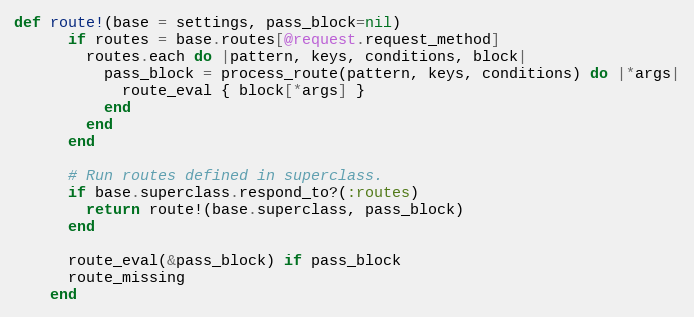
Language: Ruby
def route!(base = settings, pass_block=nil)
      if routes = base.routes[@request.request_method]
        routes.each do |pattern, keys, conditions, block|
          pass_block = process_route(pattern, keys, conditions) do |*args|
            route_eval { block[*args] }
          end
        end
      end

      # Run routes defined in superclass.
      if base.superclass.respond_to?(:routes)
        return route!(base.superclass, pass_block)
      end

      route_eval(&pass_block) if pass_block
      route_missing
    end